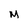
Character: M